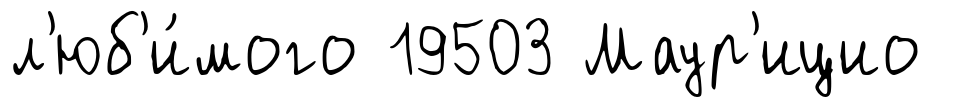
л'юб'и́мого 19503 Маур'ицио